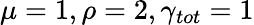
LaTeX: \mu=1,\rho=2,\gamma_{tot}=1